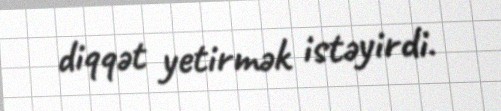
diqqət yetirmək istəyirdi.